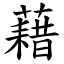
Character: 藉